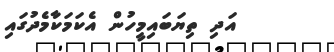
އަދި ތިޔަބައިމީހުން އެކަމަކާމެދުގައި